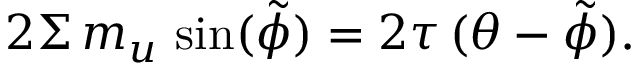
2 \Sigma \, m _ { u } \, \sin ( \tilde { \phi } ) = 2 { \tau } \, ( \theta - \tilde { \phi } ) .